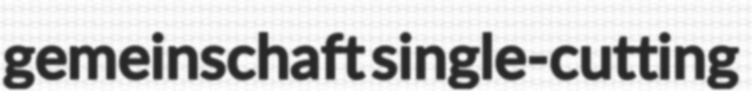
gemeinschaft single-cutting